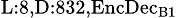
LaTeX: _{\textrm{L}:8,\textrm{D}:832,\textrm{EncDec}_{\textrm{B}1}}